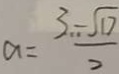
a = \frac { 3 - \sqrt { 1 7 } } { 2 }